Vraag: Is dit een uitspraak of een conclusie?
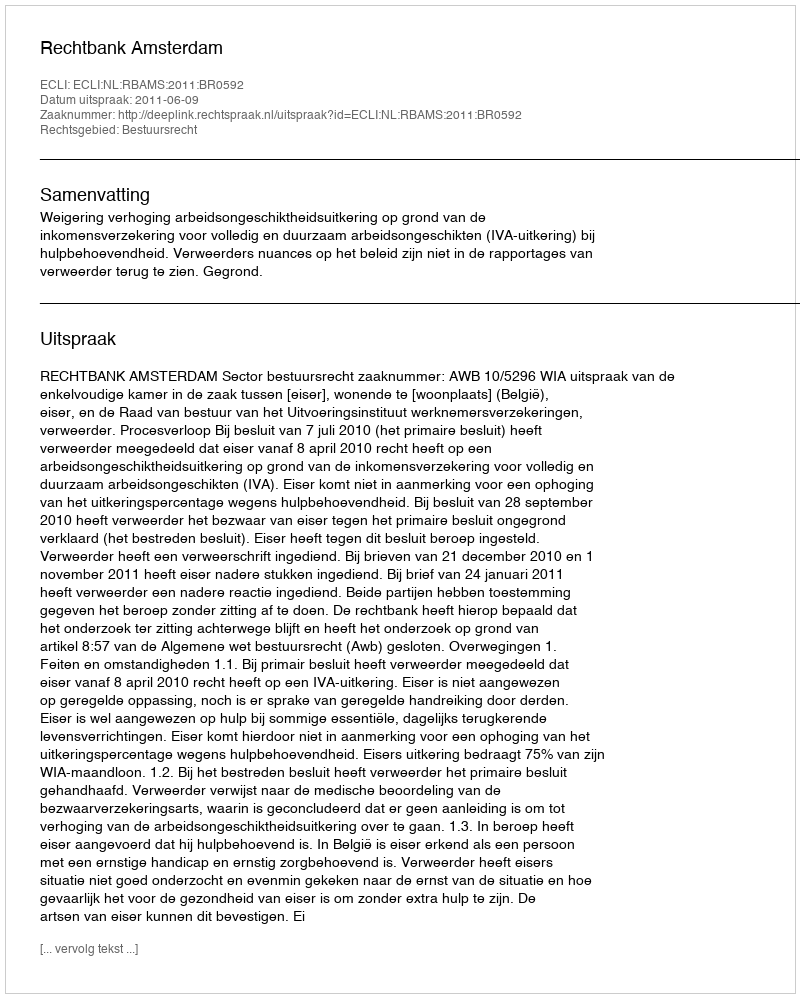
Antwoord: Uitspraak